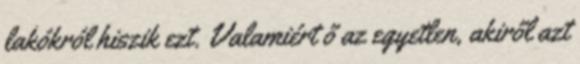
lakókról hiszik ezt. Valamiért ő az egyetlen, akiről azt